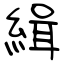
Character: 緝